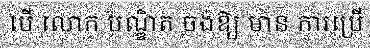
បើ លោក បណ្ឌិត ចង់ឱ្យ មាន ការប្រើ